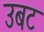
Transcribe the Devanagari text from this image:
उबट